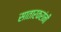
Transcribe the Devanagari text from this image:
सातारकरांनीं